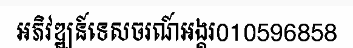
អភិវឌ្ឍន៍ទេសចរណ៍អង្គរ010596858